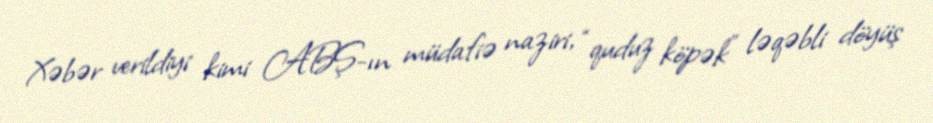
Xəbər verildiyi kimi ABŞ-ın müdafiə naziri, “quduz köpək” ləqəbli döyüş